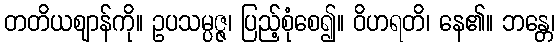
တတိယဈာန်ကို။ ဥပသမ္ပဇ္ဇ၊ ပြည့်စုံစေ၍။ ဝိဟရတိ၊ နေ၏။ ဘန္တေ၊